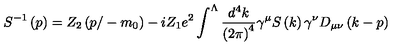
S ^ { - 1 } \left( p \right) = Z _ { 2 } \left( p / - m _ { 0 } \right) - i Z _ { 1 } e ^ { 2 } \int ^ { \Lambda } \frac { d ^ { 4 } k } { \left( 2 \pi \right) ^ { 4 } } \gamma ^ { \mu } S \left( k \right) \gamma ^ { \nu } D _ { \mu \nu } \left( k - p \right)